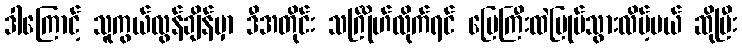
ဒါကြောင့် သူကွယ်လွန်ချိန်မှာ ဒီအတိုင်း သင်္ဂြိုဟ်လိုက်ရင် မြေကြီးထဲမြုပ်သွားလိမ့်မယ် ဆိုပြီး